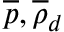
\overline { { p } } , \overline { { \rho } } _ { d }